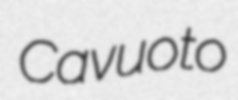
Cavuoto